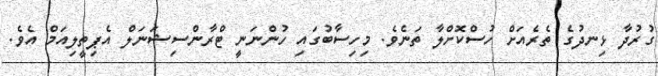
ގުރުދާ ޅިނދުގެ ތެރެއަށް ހުސްކޮށްލާ ތަނެވެ. މިހިސާބުގައި ހުންނަނީ ޓްރާންސިޝަނަލް އެޕިތީލިއަމް އެވެ.